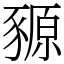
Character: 豲